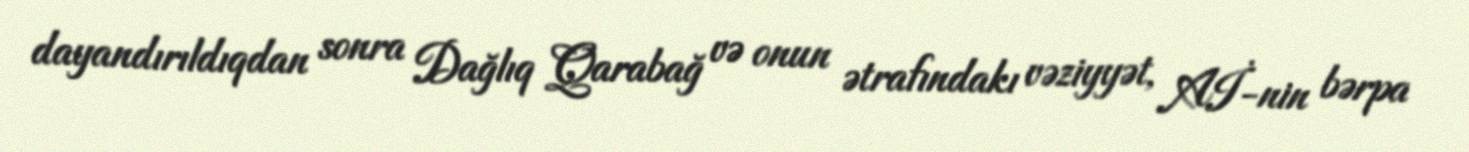
dayandırıldıqdan sonra Dağlıq Qarabağ və onun ətrafındakı vəziyyət, Aİ-nin bərpa